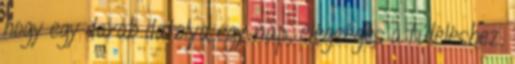
hogy egy darab datolya egy nap, elégséges a túléléshez.